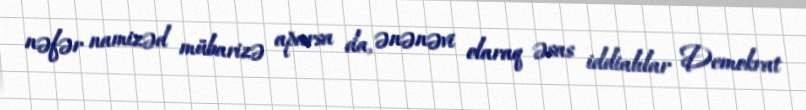
nəfər namizəd mübarizə aparsa da, ənənəvi olaraq əsas iddialılar Demokrat